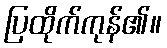
ပြထိုက်ကုန်၏။